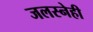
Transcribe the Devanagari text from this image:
जलस्नेही